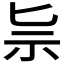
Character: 𥘈